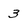
Character: 3